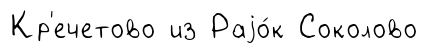
Кр'ечетово из Раjо́к Соколово